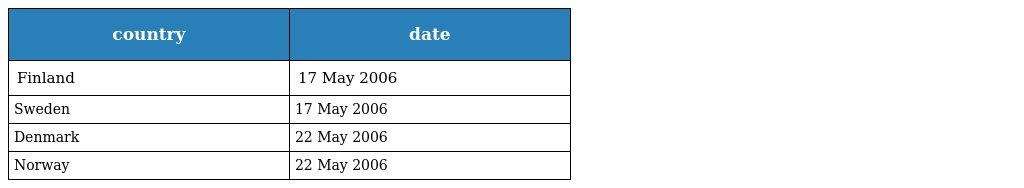
| country | date |
 | --- | --- |
 | Finland | 17 May 2006 |
 | Sweden | 17 May 2006 |
 | Denmark | 22 May 2006 |
 | Norway | 22 May 2006 |